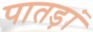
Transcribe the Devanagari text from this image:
पातड़ां